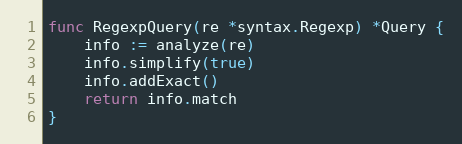
Language: Go
func RegexpQuery(re *syntax.Regexp) *Query {
	info := analyze(re)
	info.simplify(true)
	info.addExact()
	return info.match
}